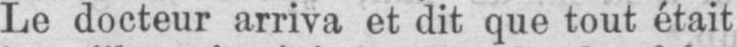
Le docteur arriva et dit que tout était